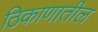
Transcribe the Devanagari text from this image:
ठिकाणातील